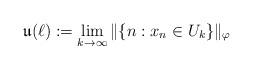
LaTeX: \begin{align*}\mathfrak{u}(\ell):=\lim_{k \to \infty}\|\{n: x_n \in U_k\}\|_\varphi\end{align*}